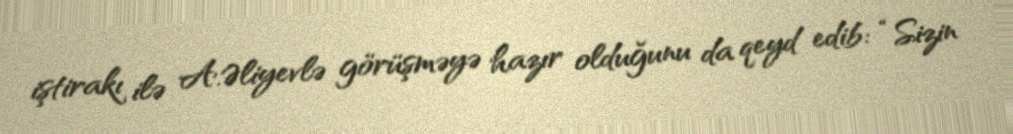
iştirakı ilə A.Əliyevlə görüşməyə hazır olduğunu da qeyd edib: “Sizin